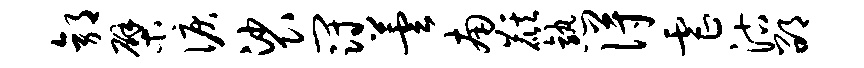
郭檗泪裟冠芸南麒熟得虐沽邵